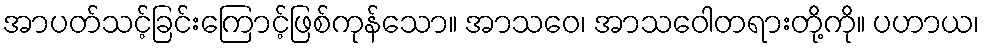
အာပတ်သင့်ခြင်းကြောင့်ဖြစ်ကုန်သော။ အာသဝေ၊ အာသဝေါတရားတို့ကို။ ပဟာယ၊